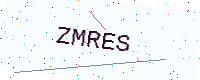
Text: ZMRES